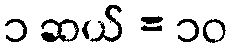
၁ ဆယ် = ၁၀